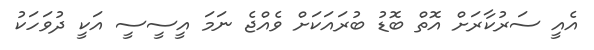
އެއީ ސަރުކާރަށް އޮތް ބޮޑު ބުރައަކަށް ވެއްޖެ ނަމަ އީސީސީ އަކީ ދުވަހަކު